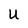
Character: U